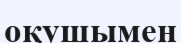
оқушымен